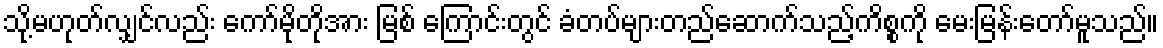
သို့မဟုတ်လျှင်လည်း ကော်မိုတိုအား မြစ် ကြောင်းတွင် ခံတပ်များတည်ဆောက်သည့်ကိစ္စကို မေးမြန်းတော်မူသည်။